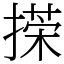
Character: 㨲